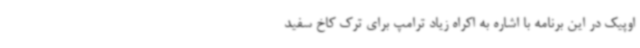
اوپیک در این برنامه با اشاره به اکراه زیاد ترامپ برای ترک کاخ سفید